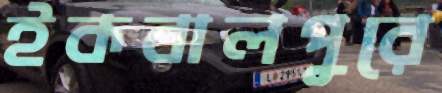
ইকবালপুরে